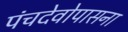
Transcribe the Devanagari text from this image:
पंचदेवोपासना